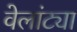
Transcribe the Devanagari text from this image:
वेलांट्या